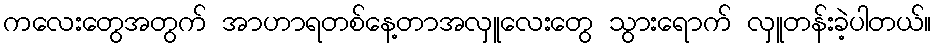
ကလေးတွေအတွက် အာဟာရတစ်နေ့တာအလှူလေးတွေ သွားရောက် လှူတန်းခဲ့ပါတယ်။